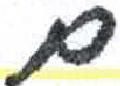
אות: ם